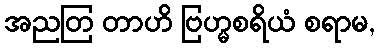
အညတြ တာဟိ ဗြဟ္မစရိယံ စရာမ,